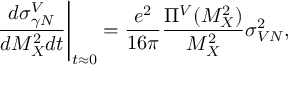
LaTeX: \left. \frac { d \sigma _ { \gamma N } ^ { V } } { d M _ { X } ^ { 2 } d t } \right| _ { t \approx 0 } = \frac { e ^ { 2 } } { 1 6 \pi } \frac { \Pi ^ { V } ( M _ { X } ^ { 2 } ) } { M _ { X } ^ { 2 } } \sigma _ { V N } ^ { 2 } ,